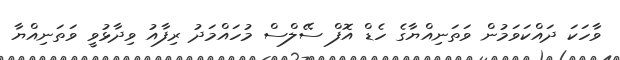
ވާހަކަ ދައްކަވަމުން ވަތަނިއްޔާގެ ހެޑް އޮފް ސޭލްސް މުހައްމަދު ރިފާއު ވިދާޅުވީ ވަތަނިއްޔާ